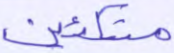
متكئين